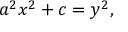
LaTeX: a ^ { 2 } x ^ { 2 } + c = y ^ { 2 } ,